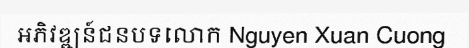
អភិវឌ្ឍន៍ជនបទលោក Nguyen Xuan Cuong